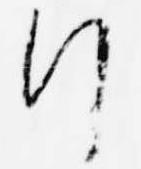
行